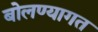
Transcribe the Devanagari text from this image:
बोलण्यागत